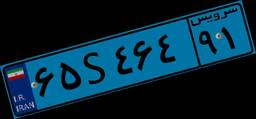
۶۵S۴۶۴۹۱